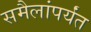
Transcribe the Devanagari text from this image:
समैलांपर्यंत